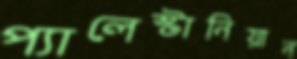
প্যালেস্টানিয়ান